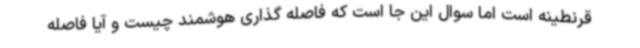
قرنطینه است اما سوال این جا است که فاصله گذاری هوشمند چیست و آیا فاصله